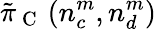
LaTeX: \tilde{\pi}_{\mathrm{~C~}}\left(n_{c}^{m},n_{d}^{m}\right)